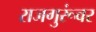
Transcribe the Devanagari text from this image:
राजगुरूंवर